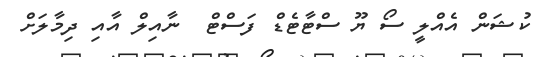
ކުޝަން އެއްލީ ސޯ ޔޫ ސްޓާޓެޑް ފަސްޓް  ނާއިލް އާއި ދިމާލަށް